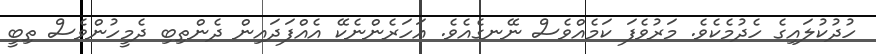
ހުދުކުލައިގެ ހެދުމެކެވެ. މަރުވެފަ ކަމެއްވެސް ނޭނގެއެވެ. އަހަރެންނެކޭ އެއްފަދައިން ދެންތިބި ދެމީހުންވެސް ތިބީ